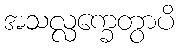
အသလ္လက္ခေတွာပိ